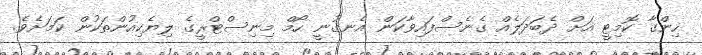
ހިންގާ ކޮމިޓީ އަށް ދެބަދަލެއް ގެނެސްފައިވާކަން އެނގުނީ ހޯމް މިނިސްޓްރީގެ ލިޔެކިއުންތަކުން ކަމަށެވެ.